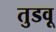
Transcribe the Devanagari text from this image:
तुडवू